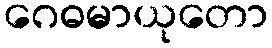
ဂေဓမာယုတော